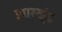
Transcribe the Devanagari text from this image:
झारख्ंड